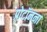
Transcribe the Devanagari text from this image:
प्रोटॉनना